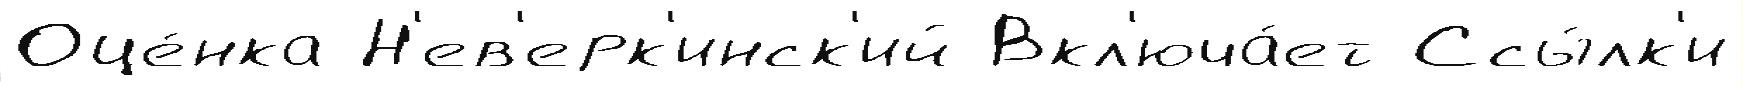
Оце́нка Н'ев'ерк'инск'ий Вкл'юча́ет Ссы́лк'и